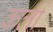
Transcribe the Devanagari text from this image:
कर्ला